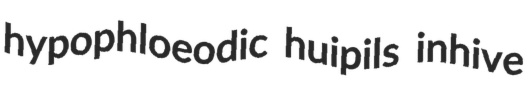
hypophloeodic huipils inhive